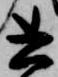
書